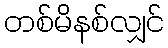
တစ်မိနစ်လျှင်